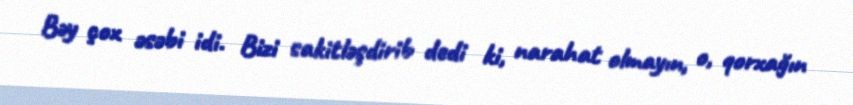
Bəy çox əsəbi idi. Bizi sakitləşdirib dedi ki, narahat olmayın, o, qorxağın